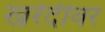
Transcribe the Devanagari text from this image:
खरेदीवर